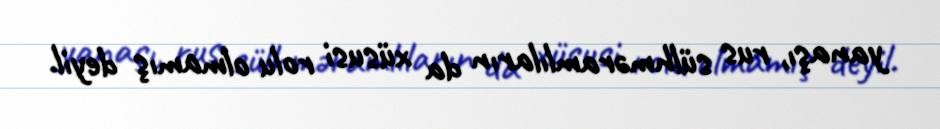
yanaşı, rus sülhməramlıların da xüsusi rolu olmamış deyil.